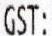
GST: